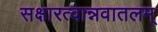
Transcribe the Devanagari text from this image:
सक्षारत्वान्नवातलम्